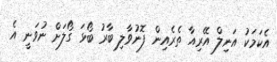
އެކަމަކު އަނިލް އޭރިއާ ތެރެއިން ފޮނުވާލި ބާރު ބޯޅަ ގޯލަށް ނުވަނީ އެ